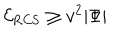
LaTeX: { \cal E } _ { \mathrm { R C S } } \geq v ^ { 2 } | \Phi |